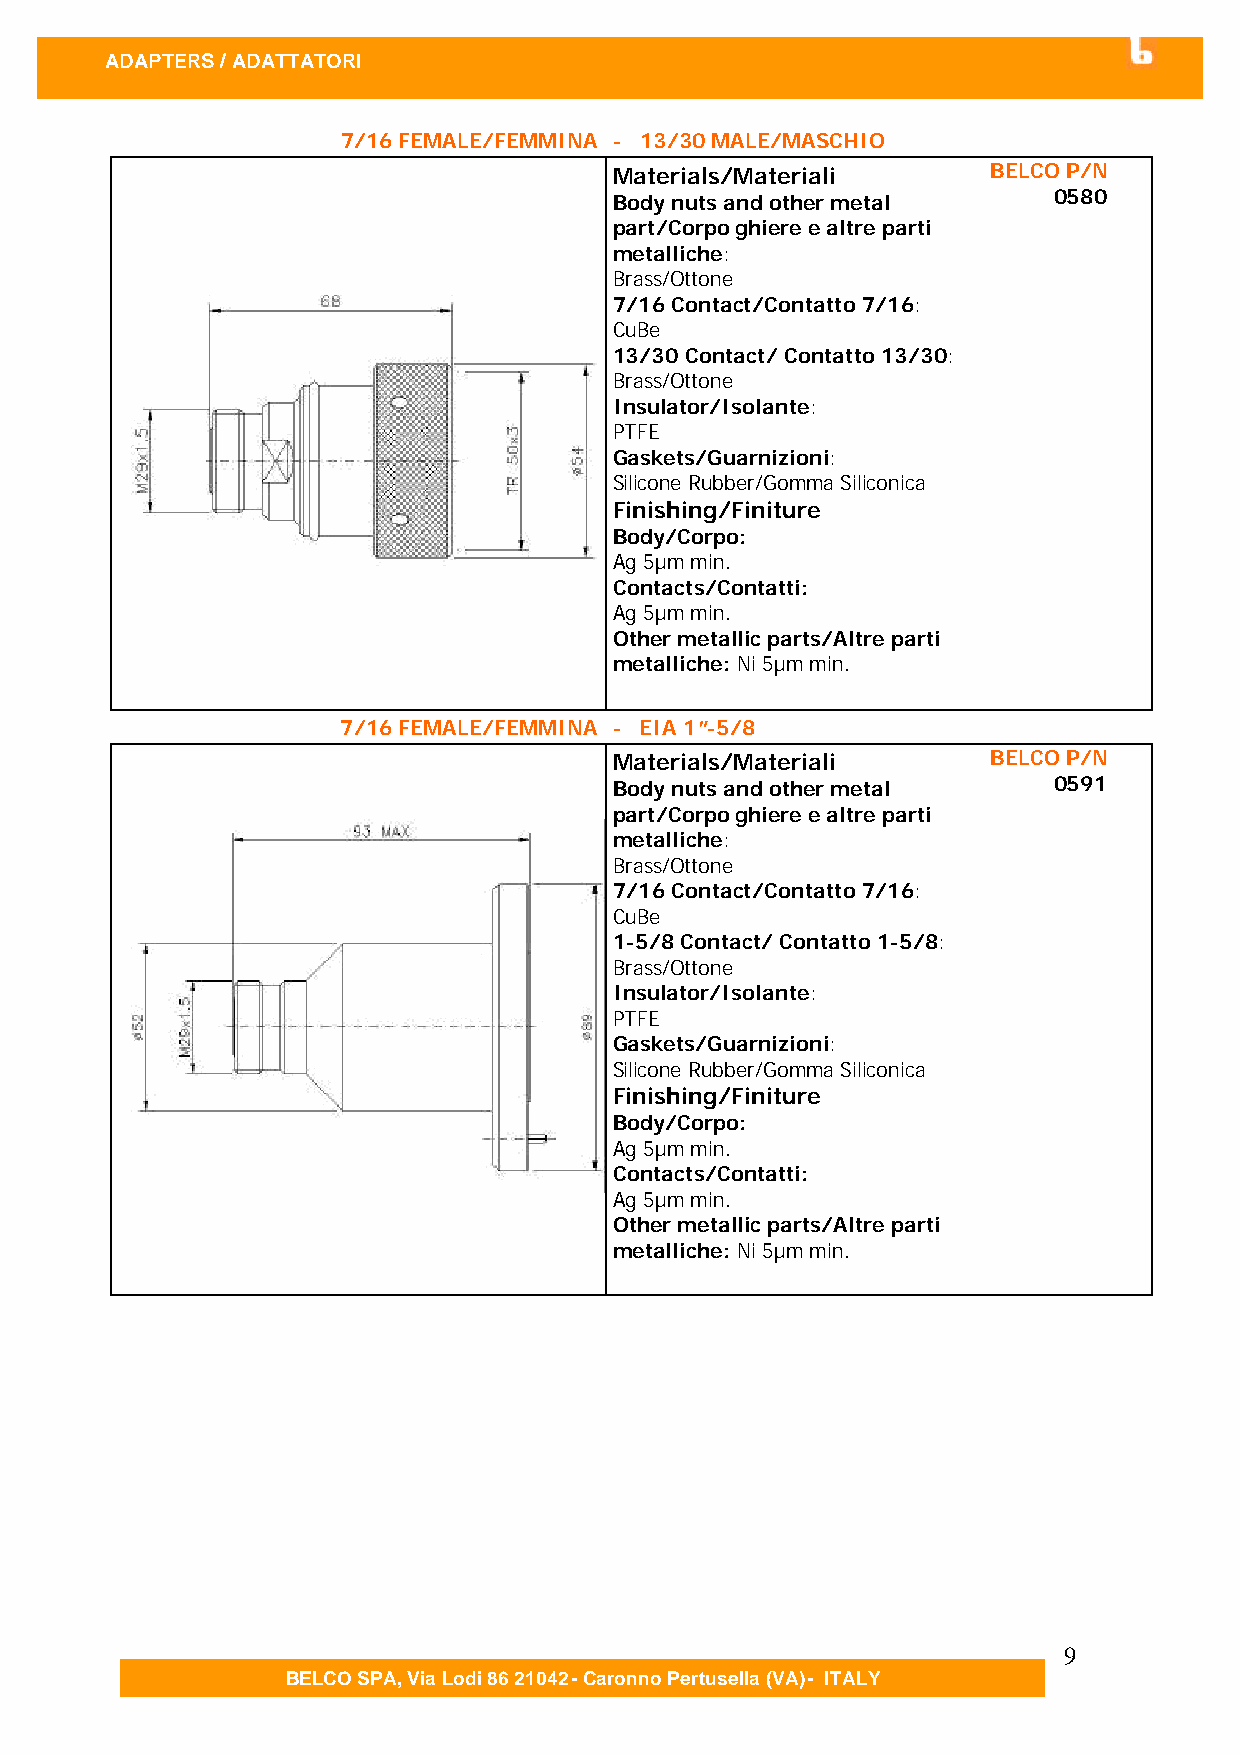
ADAPTERS / ADATTATOR I
 7/16 FEMALE/FEMMINA - 13/30 MALE/MASCHIO
 Materials/Materiali      BELCO P/N
 Body nuts and other metal    0580
 part/Corpo ghiere e altre parti
 metalliche:
 Brass/Ottone
 7/16 Contact/Contatto 7/16:
 CuBe
 13/30 Contact/ Contatto 13/30:
 Brass/Ottone
 Insulator/Isolante:
 PTFE
 Gaskets/Guarnizioni:
 Silicone Rubber/Gomma Siliconica
 Finishing/Finiture
 Body/Corpo:
 Ag 5µm min.
 Contacts/Contatti:
 Ag 5µm min.
 Other metallic parts/Altre parti
 metalliche: Ni 5µm min.
 7/16 FEMALE/FEMMINA - EIA 1”-5/8
 Materials/Materiali      BELCO P/N
 Body nuts and other metal    0591
 part/Corpo ghiere e altre parti
 metalliche:
 Brass/Ottone
 7/16 Contact/Contatto 7/16:
 CuBe
 1-5/8 Contact/ Contatto 1-5/8:
 Brass/Ottone
 Insulator/Isolante:
 PTFE
 Gaskets/Guarnizioni:
 Silicone Rubber/Gomma Siliconica
 Finishing/Finiture
 Body/Corpo:
 Ag 5µm min.
 Contacts/Contatti:
 Ag 5µm min.
 Other metallic parts/Altre parti
 metalliche: Ni 5µm min.
 9
 BELCO SPA, Via Lodi 86 21042 - Caronno Pertusella (VA) - ITALY